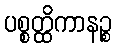
ပစ္စတ္ထိကာနဉ္စ